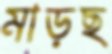
মাড়ছ